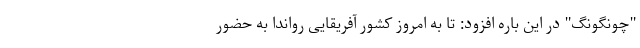
"چونگونگ" در این باره افزود: تا به امروز کشور آفریقایی رواندا به حضور